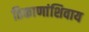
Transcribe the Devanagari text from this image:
ठिकाणांशिवाय